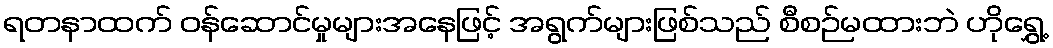
ရတနာထက် ဝန်ဆောင်မှုများအနေဖြင့် အရွက်များဖြစ်သည် စီစဉ်မထားဘဲ ဟိုရွှေ့